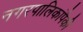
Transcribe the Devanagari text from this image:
नगरपालिकांपैकी